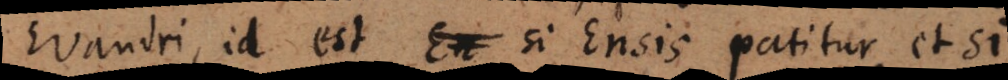
Evandri, id est si Ensis patitur, et si